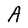
Character: A